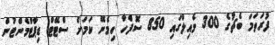
ފުރަތަމަ ބެޗުގެ 300 މެއިލްގައި 850 ސޮފްހާ ހިމެނޭ ކަމަށް ސްޓޭޓް ޑިޕާޓްމެންޓުން